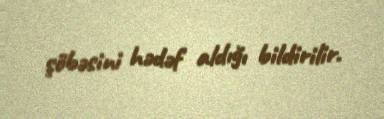
şöbəsini hədəf aldığı bildirilir.